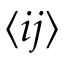
\langle i j \rangle